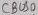
Text: CBUS0